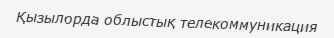
Қызылорда облыстық телекоммуникация